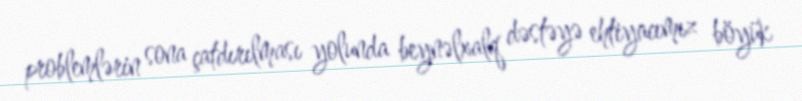
problemlərin sona çatdırılması yolunda beynəlxalq dəstəyə ehtiyacımız böyük